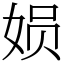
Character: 㛣